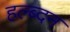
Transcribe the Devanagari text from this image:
हल्ब्दन